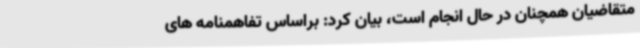
متقاضیان همچنان در حال انجام است، بیان کرد: براساس تفاهمنامه های